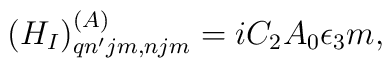
(H_I)^{(A)}_{qn^{\prime}jm,njm} = iC_2A_0 \epsilon_3m,